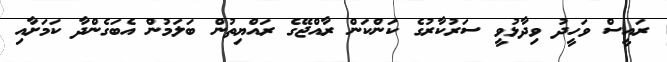
ރައީސް ވަހީދު ވިދާޅުވީ ސަރުކާރުގެ ކަންކަން ރާއްޖޭގެ ރައްޔިތުން ބަލަމުން އެބަގެންދާ ކަމަށާއި